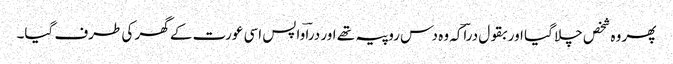
پھر وہ شخص چلا گیا اور بقول دراؔکہ وہ دس روپیہ تھے اور دراؔ واپس اسی عورت کے گھر کی طرف گیا۔